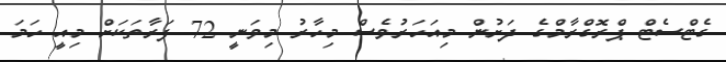
ގެޓްސެޓް ޕްރޮގްރާމްގެ ދަށުން މިއަހަރުވެސް މިހާރު މިވަނީ 72 ފަރާތަކަށް މިއީ ހަމަ